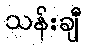
သန်းချီ